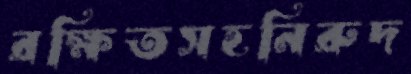
রক্ষিতসহনিরুদ